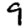
Digit: 9